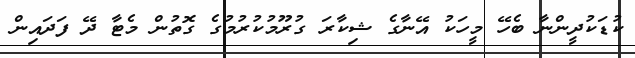
ކުޑަކުދީންނާ ބެހޭ މީހަކު އޭނާގެ ޝިކާރަ ގުރޫމުކުރުމުގެ ގޮތުން މެޓާ ދޭ ފަދައިން